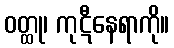
ဝတ္ထု၊ ကုဋီနေရာကို။